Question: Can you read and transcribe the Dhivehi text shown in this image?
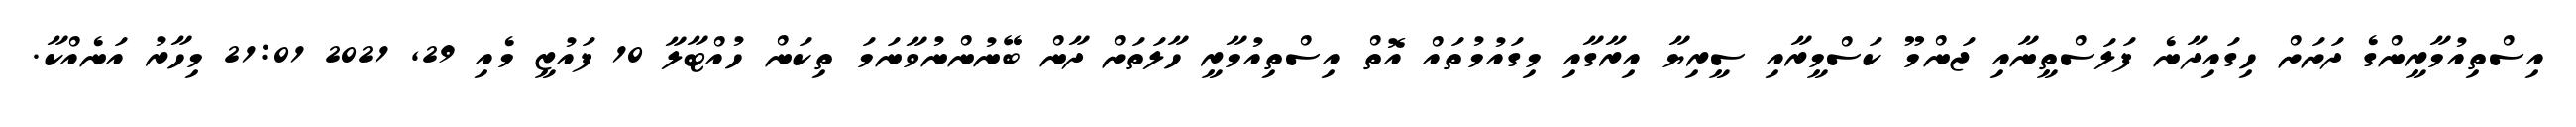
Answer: އިސްތިއުމާރީންގެ ދަށަށް ހިގައިދާނެ ފަލަސްތީނާއި ޖަންމޫ ކަސްމީރާއި ސީރިޔާ އިރާގާއި މިގައުމުތައް އޮތް އިސްތިއުމާރީ ހާލަތަށް ދާން ބޭނުންނުވާނަމަ ތިކަން ހުއްޓާލާ 10 ފައުޒީ މެއި 29, 2021 21:01 މިހާރު އަނެއްކާ.